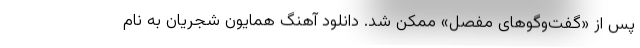
پس از «گفت‌وگوهای مفصل» ممکن شد. دانلود آهنگ همایون شجریان به نام